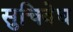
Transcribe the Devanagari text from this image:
सुचिवेध